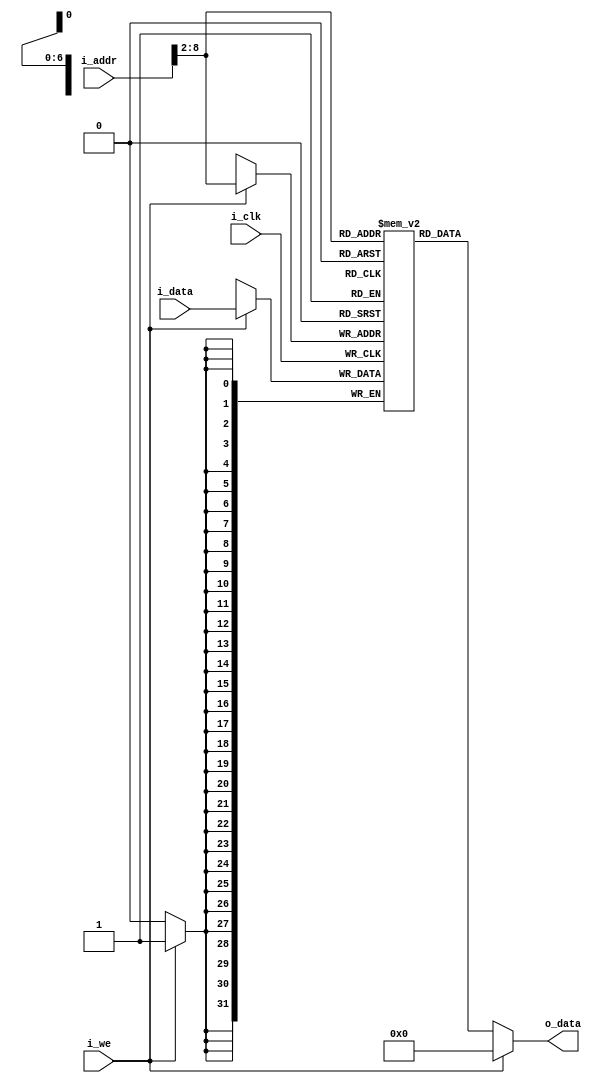
module data_memory(i_clk,
                   i_addr,
                   i_data,
                   o_data,
                   i_we
                   );

input   [31:0]  i_addr, i_data;
input           i_clk, i_we;
output  [31:0]  o_data;
//////////////////////////////////

parameter MEM_WIDTH = 128;
reg     [31:0]  Data_Memory [MEM_WIDTH - 1: 0];


always @(posedge i_clk) begin
  if(i_we) Data_Memory[i_addr[31:2]] = i_data;
end//Data writing 

assign o_data = (i_we == 0) ? Data_Memory[i_addr[31:2]] : 32'b0; //Data reading
  
endmodule